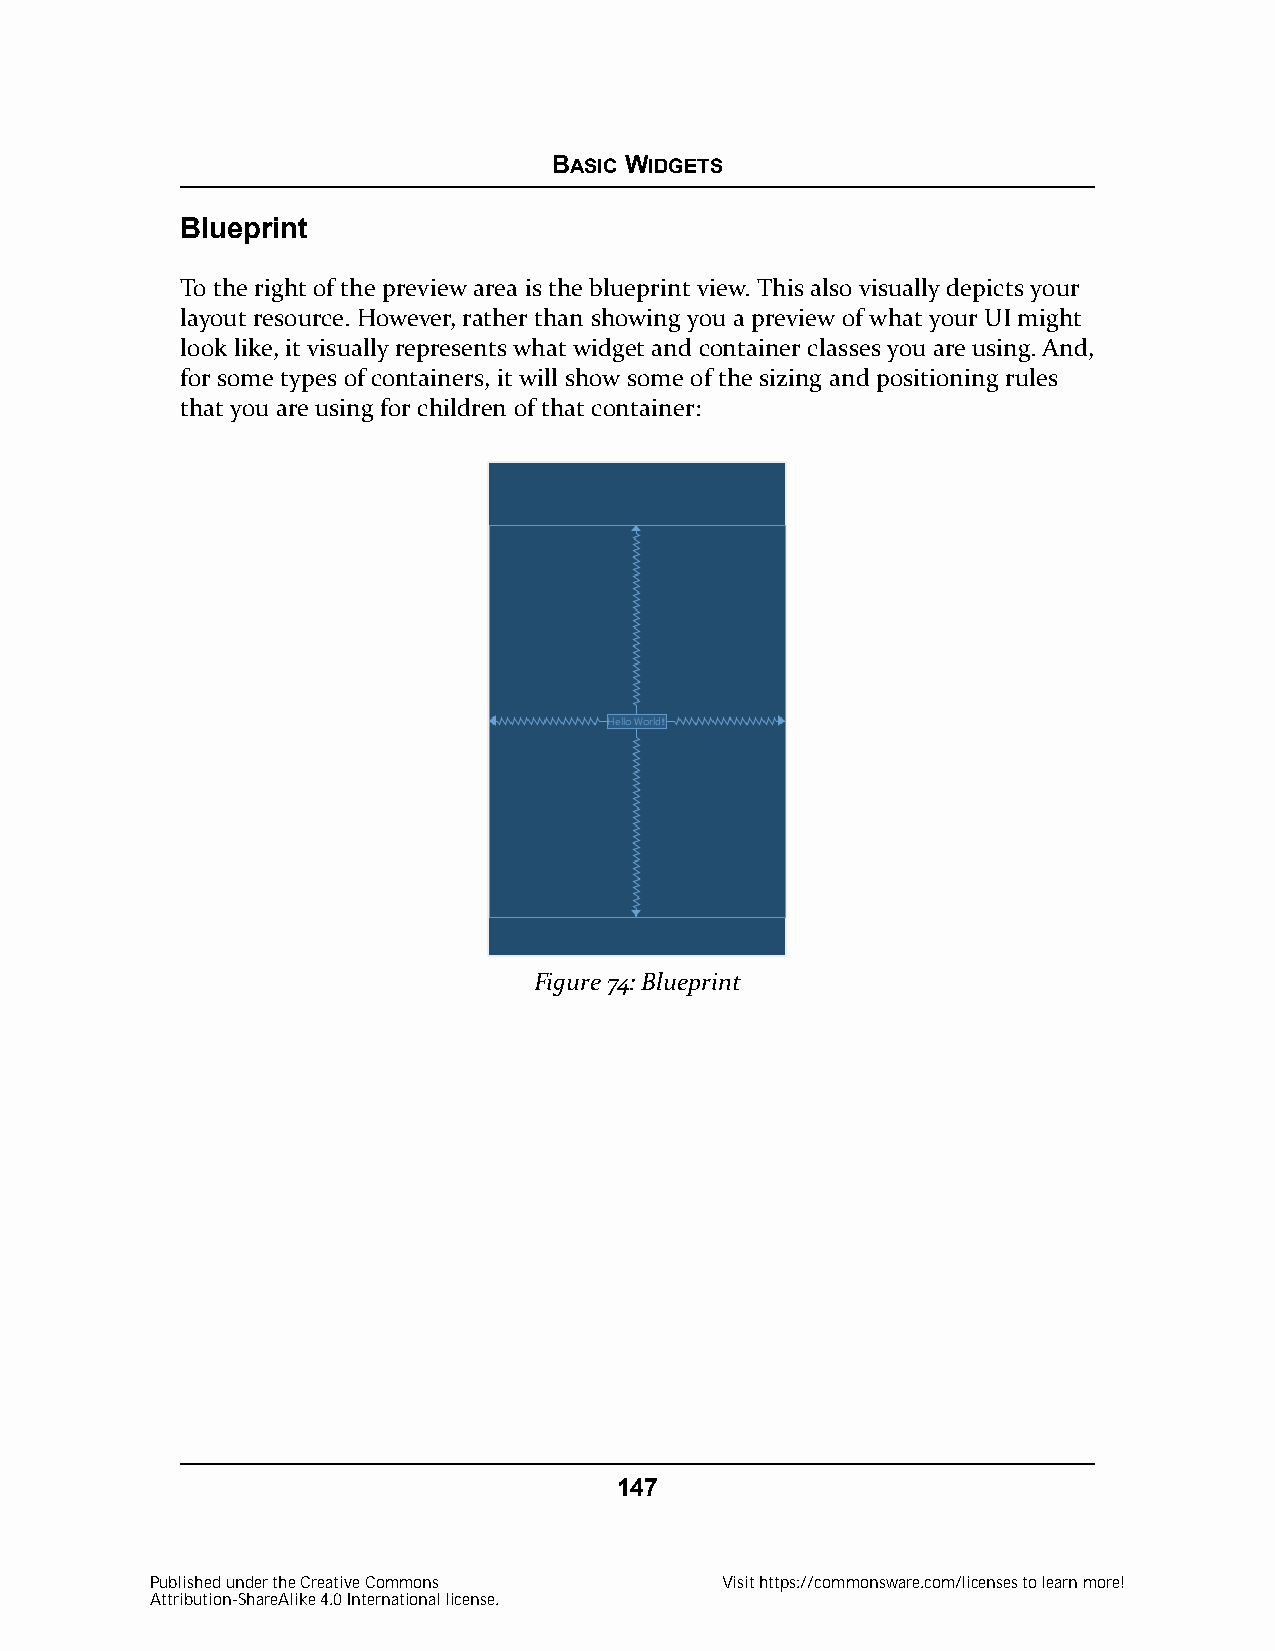
BASIC WIDGETS
 Blueprint
 To the right of the preview area is the blueprint view. This also visually depicts your
 layout resource. However, rather than showing you a preview of what your UI might
 look like, it visually represents what widget and container classes you are using. And,
 for some types of containers, it will show some of the sizing and positioning rules
 that you are using for children of that container:
 Figure 74: Blueprint
 147
 Published under the Creative Commons  Visit https://commonsware.com/licenses to learn more!
 Attribution-ShareAlike 4.0 International license.